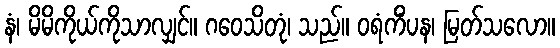
နံ၊ မိမိကိုယ်ကိုသာလျှင်။ ဂဝေသိတုံ၊ သည်။ ဝရံကိံပန၊ မြတ်သလော။